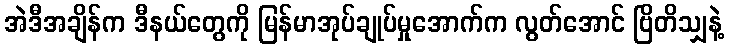
အဲဒီအချိန်က ဒီနယ်တွေကို မြန်မာအုပ်ချုပ်မှုအောက်က လွတ်အောင် ဗြိတိသျှနဲ့